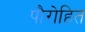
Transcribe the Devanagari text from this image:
पौरोहित